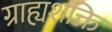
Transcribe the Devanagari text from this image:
ग्राह्यशक्ति